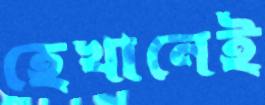
হেখানেই